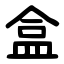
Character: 盒